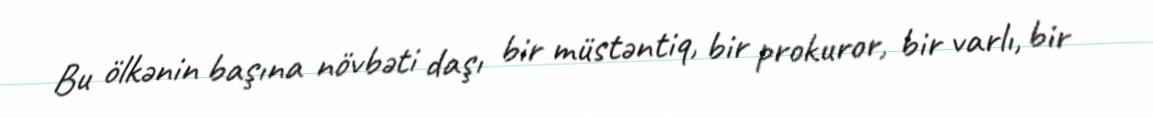
Bu ölkənin başına növbəti daşı bir müstəntiq, bir prokuror, bir varlı, bir